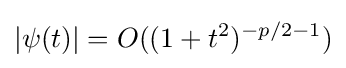
\left|\psi (t)\right|=O((1+t^{2})^{-p/2-1})